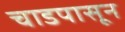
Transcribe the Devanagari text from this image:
चाडपासून